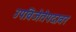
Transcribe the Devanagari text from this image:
उपविजेतेपदावर